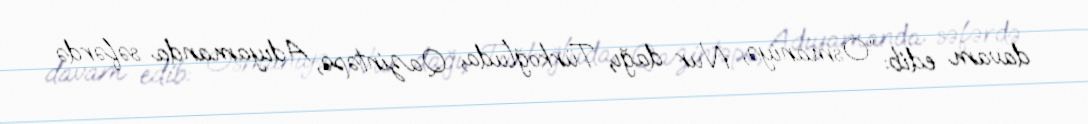
davam edib: “Osmaniyə, Nur dağı, Türkoğluda, Qazintəpə, Adıyamanda səfərdə